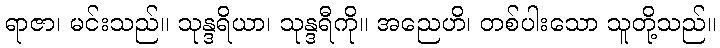
ရာဇာ၊ မင်းသည်။ သုန္ဒရိယာ၊ သုန္ဒရီကို။ အညေဟိ၊ တစ်ပါးသော သူတို့သည်။